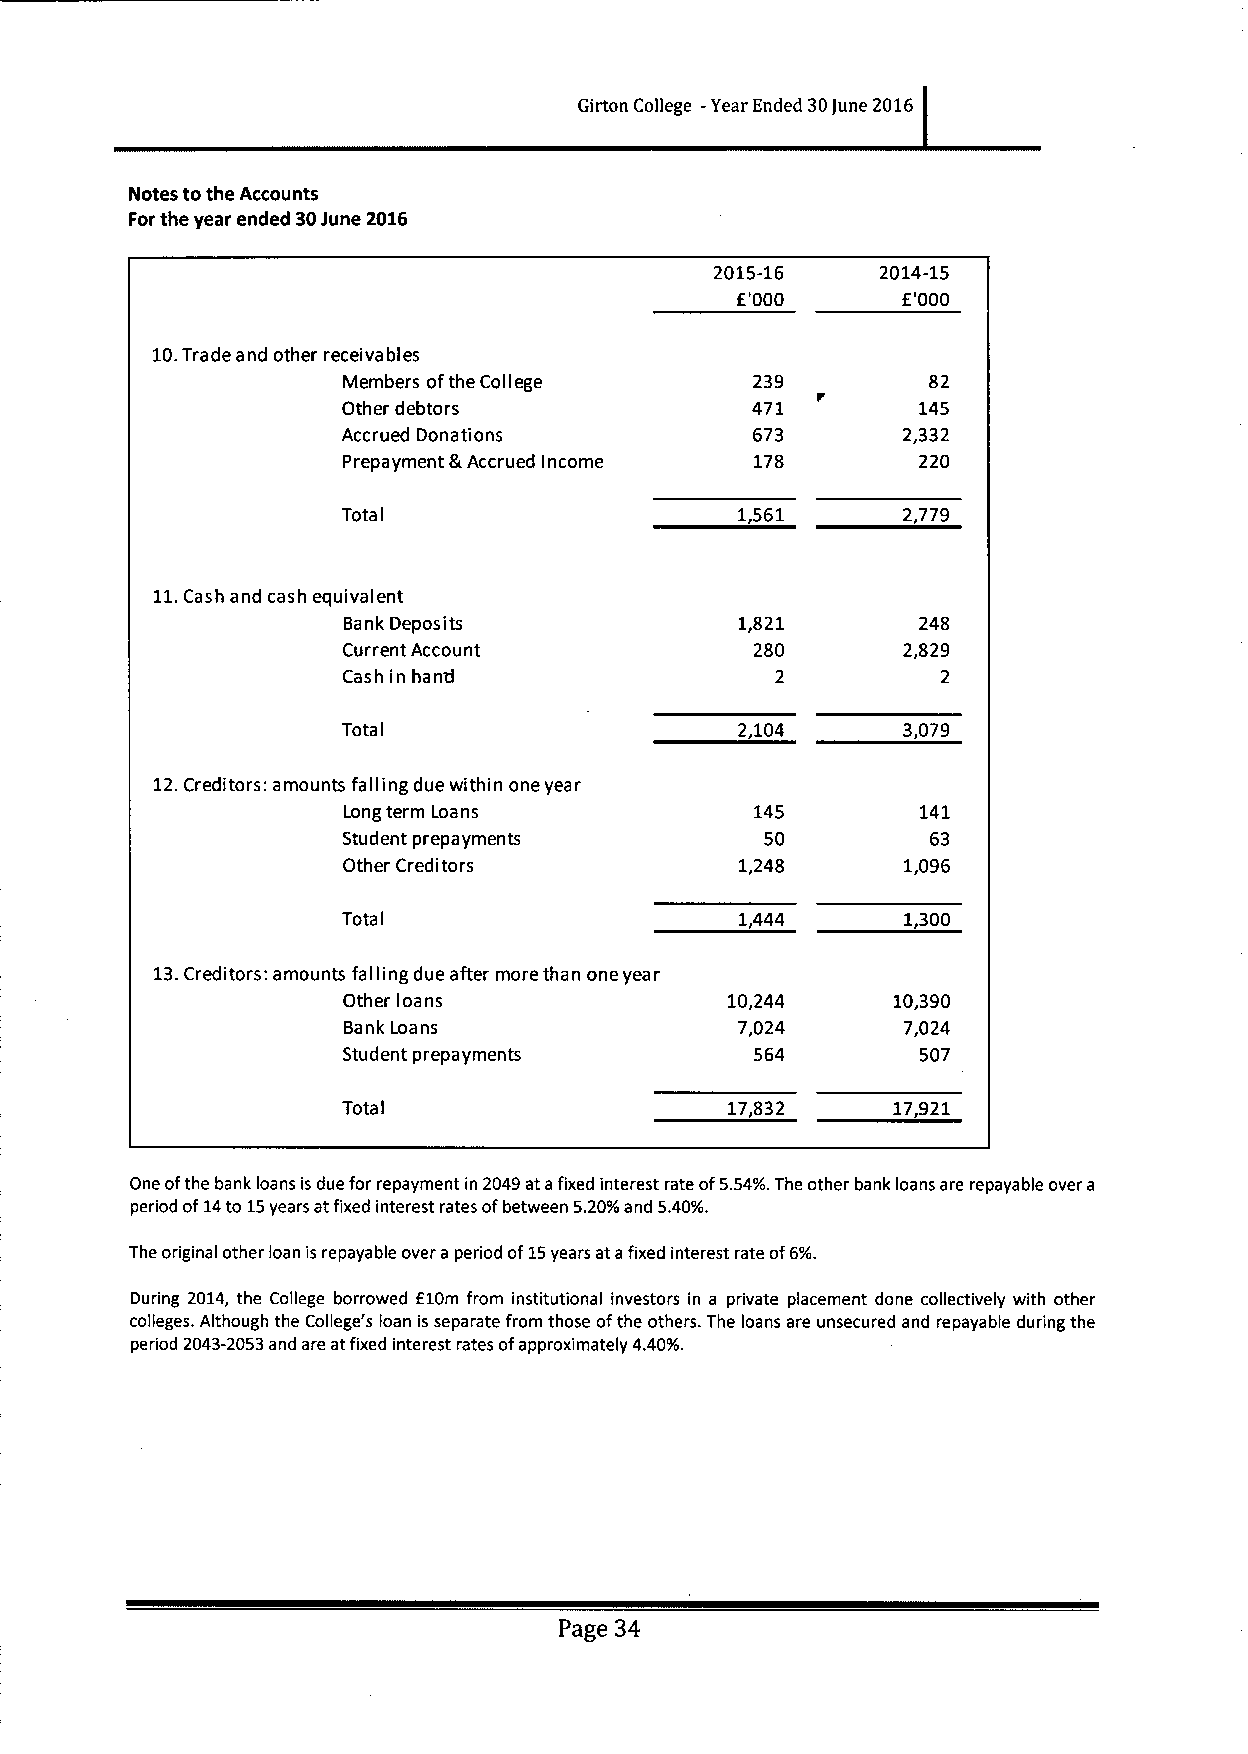
Girton College -Year Ended 30June 2016
 Notes to the Accounts
 Forthe year ended 30June 2016
 2015-16    2014-15
 f'000      E'000
 10.Trade and other receivables
 Members ofthe Col ege      239         82
 I
 Other debtors              471        145
 Accrued Donations          673       2,332
 Prepayment &Accrued Income 178        220
 Tota                      1,561      2,779
 I
 11.Cash and cash equivalent
 Bank Deposits             1,821       248
 Current Account            280       2,829
 Cash in hand                2          2
 Tota                      2,104      3,079
 I
 12.Creditors: amounts falling due within one year
 Long term Loans            145        141
 Student prepayments         50         63
 Other Creditors           1,248      1,096
 Tota                      1,444      1,300
 I
 13.Creditors: amounts falling due after more than one year
 Other oans               10,244     10,390
 I
 Bank Loans                7,024      7,024
 Student prepayments        564        507
 Tota                     17,832     17,921
 I
 One ofthe bank loans is due for repayment in 2049at afixed interest rate of5.54%.The other bank loans are repayable over a
 period of14to 15years atfixed interest rates ofbetween 5.20%and 5.40Yo.
 The original other loan is repayable over a period of15years at afixed interest rate of6%.
 During 2014, the College borrowed E10m from institutional investors in a private placement done collectively with other
 colleges. Although the College's loan is separate from those ofthe others. The loans are unsecured and repayable during the
 period 2043-2053and are atfixed interest rates ofapproximately 4.40'Yo.
 Page 34